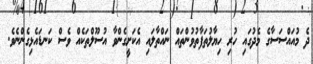
ދެ މުއައްސަސާގެ މެދުގައި ހުރި ހިޔާލުތަފާތުވުންތައް ނައްތާލައި އެކަށީގެންވާ އުސޫލްތަކެއް ވެސް ކަނޑައެޅިގެންނެވެ.